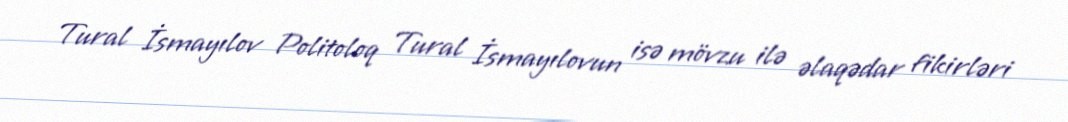
Tural İsmayılov Politoloq Tural İsmayılovun isə mövzu ilə əlaqədar fikirləri